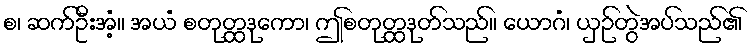
စ၊ ဆက်ဦးအံ့။ အယံ စတုတ္ထဒုကော၊ ဤစတုတ္ထဒုတ်သည်။ ယောဂံ၊ ယှဉ်တွဲအပ်သည်၏